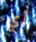
أي